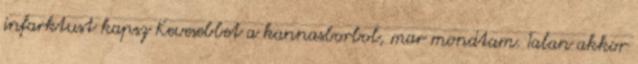
infarktust kapsz Kevesebbet a kannasborbol, mar mondtam. Talan akkor